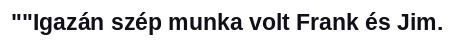
""Igazán szép munka volt Frank és Jim.